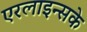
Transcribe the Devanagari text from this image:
एरलाइन्सके